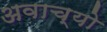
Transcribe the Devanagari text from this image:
अवाच्यो